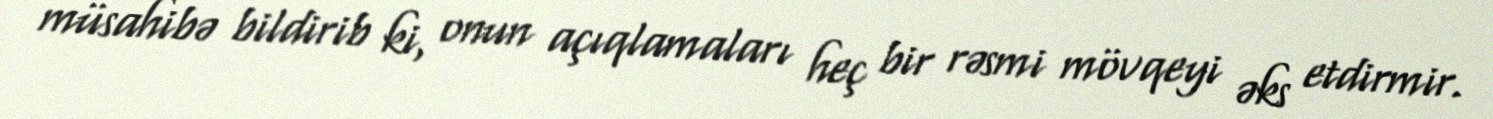
müsahibə bildirib ki, onun açıqlamaları heç bir rəsmi mövqeyi əks etdirmir.